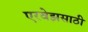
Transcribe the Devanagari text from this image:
एरवेझसाठी